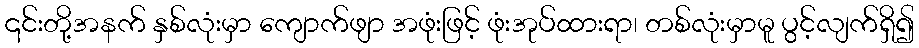
၎င်းတို့အနက် နှစ်လုံးမှာ ကျောက်ဖျာ အဖုံးဖြင့် ဖုံးအုပ်ထားရာ၊ တစ်လုံးမှာမူ ပွင့်လျက်ရှိ၍